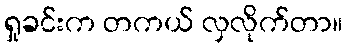
ရှုခင်းက တကယ် လှလိုက်တာ။